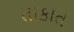
તાકાત